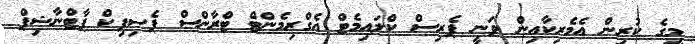
މީގެ ކުރިން އެމެރިކާއިން ވަނީ ޕެރިސް ކްލައިމެޓް އެގްރިމެންޓް ޓްރާންސް ޕެސިފިކް ޕާޓްނާޝިޕް